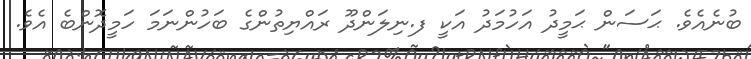
ބުނެއެވެ. ޙަސަން ޙަމީދު އަހުމަދު އަކީ ފ.ނިލަންދޫ ރައްޔިތުންގެ ބަހުންނަމަ ހަމީދޮންބެ އެވެ.